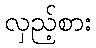
လှည့်စား